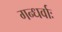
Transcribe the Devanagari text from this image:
गन्धर्वाः